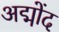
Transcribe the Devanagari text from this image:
अद्मोंद